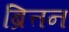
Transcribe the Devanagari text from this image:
ब्रित्तन